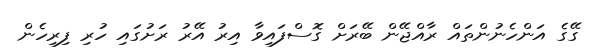
ގޭގެ އަންހެނުންތައް ރާއްޖޭން ބޭރަށް ގޮސްފައިވާ އިރު އޭރު ރަށުގައި ހުރި ފިރިހެން